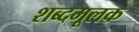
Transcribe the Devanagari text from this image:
शब्दमूलक